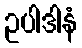
ဥပါဒါနံ